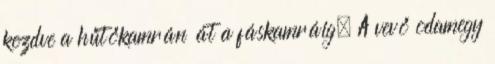
kezdve a hűtőkamrán át a fáskamráig. A vevő odamegy